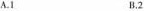
A.1 B.2